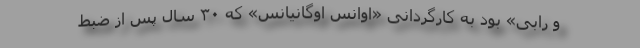
و رابی» بود به کارگردانی «اُوانِس اوگانیانس» که ۳۰ سال پس از ضبط